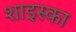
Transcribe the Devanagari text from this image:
शाइस्का